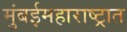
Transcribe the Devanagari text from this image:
मुंबईमहाराष्ट्रात